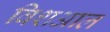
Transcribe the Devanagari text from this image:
विशआल